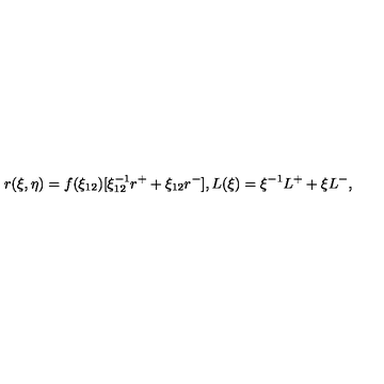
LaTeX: r ( \xi , \eta ) = f ( \xi _ { 1 2 } ) [ \xi _ { 1 2 } ^ { - 1 } r ^ { + } + \xi _ { 1 2 } r ^ { - } ] , L ( \xi ) = { \xi ^ { - 1 } } L ^ { + } + \xi L ^ { - } ,